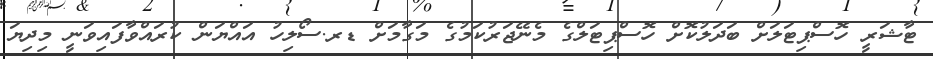
ޓާޝަރީ ހޮސްޕިޓަލަށް ބަދަލުކޮށް ހޮސްޕިޓަލްގެ މެނޭޖަރުކަމުގެ މަގާމަށް ޑރ.ސޯލިހު އައްޔަން ކުރައްވާފައިވަނީ މިދިޔަ